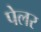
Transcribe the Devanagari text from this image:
पेलर